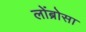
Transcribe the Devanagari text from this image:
लोंब्रोसा